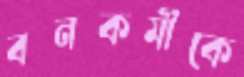
বনকর্মীকে